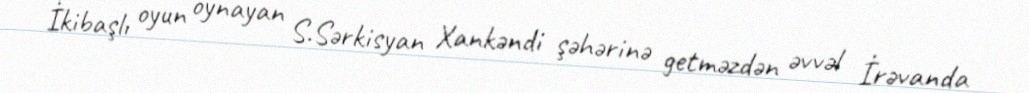
İkibaşlı oyun oynayan S.Sərkisyan Xankəndi şəhərinə getməzdən əvvəl İrəvanda